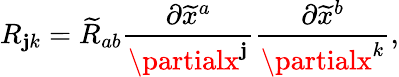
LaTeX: R_{\mathbf{j}k}={\widetilde{{R}}}_{ab}{\frac{{\partial{\widetilde{{x}}}^{a}}}{{\partialx^{\mathbf{j}}}}}{\frac{{\partial{\widetilde{{x}}}^{b}}}{{\partialx^{k}}}},